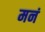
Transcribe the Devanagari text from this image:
मनं